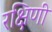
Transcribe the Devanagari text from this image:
रक्षिणी